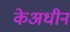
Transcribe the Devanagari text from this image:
केअधीन